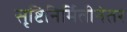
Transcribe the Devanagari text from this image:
सृष्टिनिर्मितीनंतर